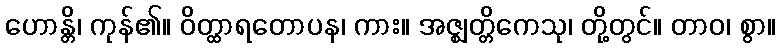
ဟောန္တိ၊ ကုန်၏။ ဝိတ္ထာရတောပန၊ ကား။ အဇ္ဈတ္တိကေသု၊ တို့တွင်။ တာဝ၊ စွာ။